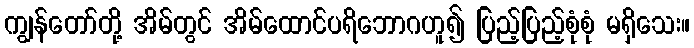
ကျွန်တော်တို့ အိမ်တွင် အိမ်ထောင်ပရိဘောဂဟူ၍ ပြည့်ပြည့်စုံစုံ မရှိသေး။